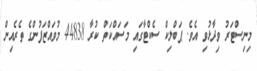
މިނިސްޓަރު ވިދާޅުވި އެވެ. ޕަބްލިކް ސެކްޓާގައި މަސައްކަތް ކުރާ 44838 މުވައްޒަފުންގެ ތެރެއިން